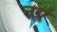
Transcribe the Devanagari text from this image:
नएं